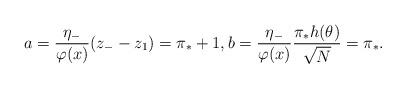
LaTeX: \begin{align*}a = \frac{\eta_{-}}{\varphi(x)} (z_{-} - z_{1}) = \pi_{*}+1, b = \frac{\eta_{-}}{\varphi(x)} \frac{\pi_{*} h(\theta)}{\sqrt{N}} = \pi_{*}. \end{align*}